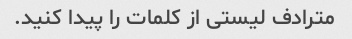
مترادف لیستی از کلمات را پیدا کنید.